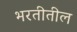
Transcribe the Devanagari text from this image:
भरतीतील